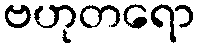
ဗဟုတရော